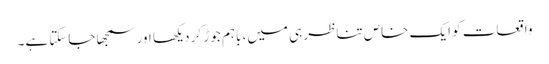
واقعات کو ایک خاص تناظر ہی میں، باہم جوڑ کر دیکھا اور سمجھا جاسکتا ہے۔